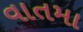
વાતમા